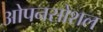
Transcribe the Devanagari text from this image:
ओपनसोशल